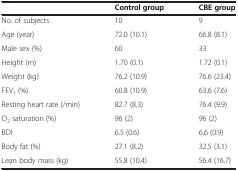
<table><thead><tr><td><b> </b></td><td><b>Control group</b></td><td><b>CBE group</b></td></tr></thead><tbody><tr><td>No. of subjects</td><td>10</td><td>9</td></tr><tr><td>Age (year)</td><td>72.0 (10.1)</td><td>66.8 (8.1)</td></tr><tr><td>Male sex (%)</td><td>60</td><td>33</td></tr><tr><td>Height (m)</td><td>1.70 (0.1)</td><td>1.72 (0.1)</td></tr><tr><td>Weight (kg)</td><td>76.2 (10.9)</td><td>76.6 (23.4)</td></tr><tr><td>FEV<sub>1</sub> (%)</td><td>60.8 (10.9)</td><td>63.6 (7.6)</td></tr><tr><td>Resting heart rate (/min)</td><td>82.7 (8.3)</td><td>76.4 (9.9)</td></tr><tr><td>O<sub>2</sub> saturation (%)</td><td>96 (2)</td><td>96 (2)</td></tr><tr><td>BDI</td><td>6.5 (0.6)</td><td>6.6 (0.9)</td></tr><tr><td>Body fat (%)</td><td>27.1 (8.2)</td><td>32.5 (3.1)</td></tr><tr><td>Lean body mass (kg)</td><td>55.8 (10.4)</td><td>56.4 (16.7)</td></tr></tbody></table>